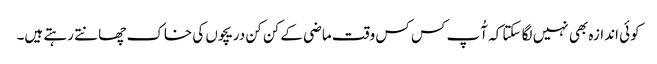
کوئی اندازہ بھی نہیں لگا سکتا کہ آُپ کس کس وقت ماضی کے کن کن دریچوں کی خاک چھانتے رہتے ہیں۔